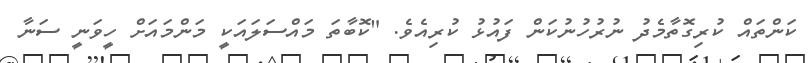
ކަންތައް ކުރިގޮތާމެދު ނުރުހުނުކަން ފައުޅު ކުރިއެވެ. "ކޮބާތަ މައްސަލައަކީ މަންމައަށް ހީވަނީ ސަނާ